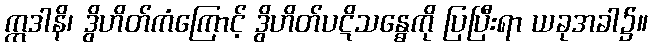
ဣဒါနိ၊ ဒွိဟိတ်ကံကြောင့် ဒွိဟိတ်ပဋိသန္ဓေကို ပြပြီးရာ ယခုအခါ၌။